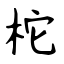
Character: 柁